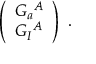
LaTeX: \left( \begin{array} { l } { { { \cal G } _ { a } { } ^ { A } } } \\ { { { \cal G } _ { I } { } ^ { A } } } \end{array} \right) \ .